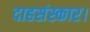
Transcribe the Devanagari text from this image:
दाहसंस्कार।